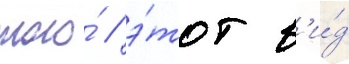
того́ / э́тот в'и́д